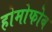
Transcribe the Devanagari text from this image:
होमोफोब